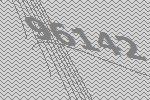
96142